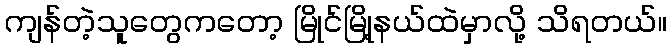
ကျန်တဲ့သူတွေကတော့ မြိုင်မြို့နယ်ထဲမှာလို့ သိရတယ်။